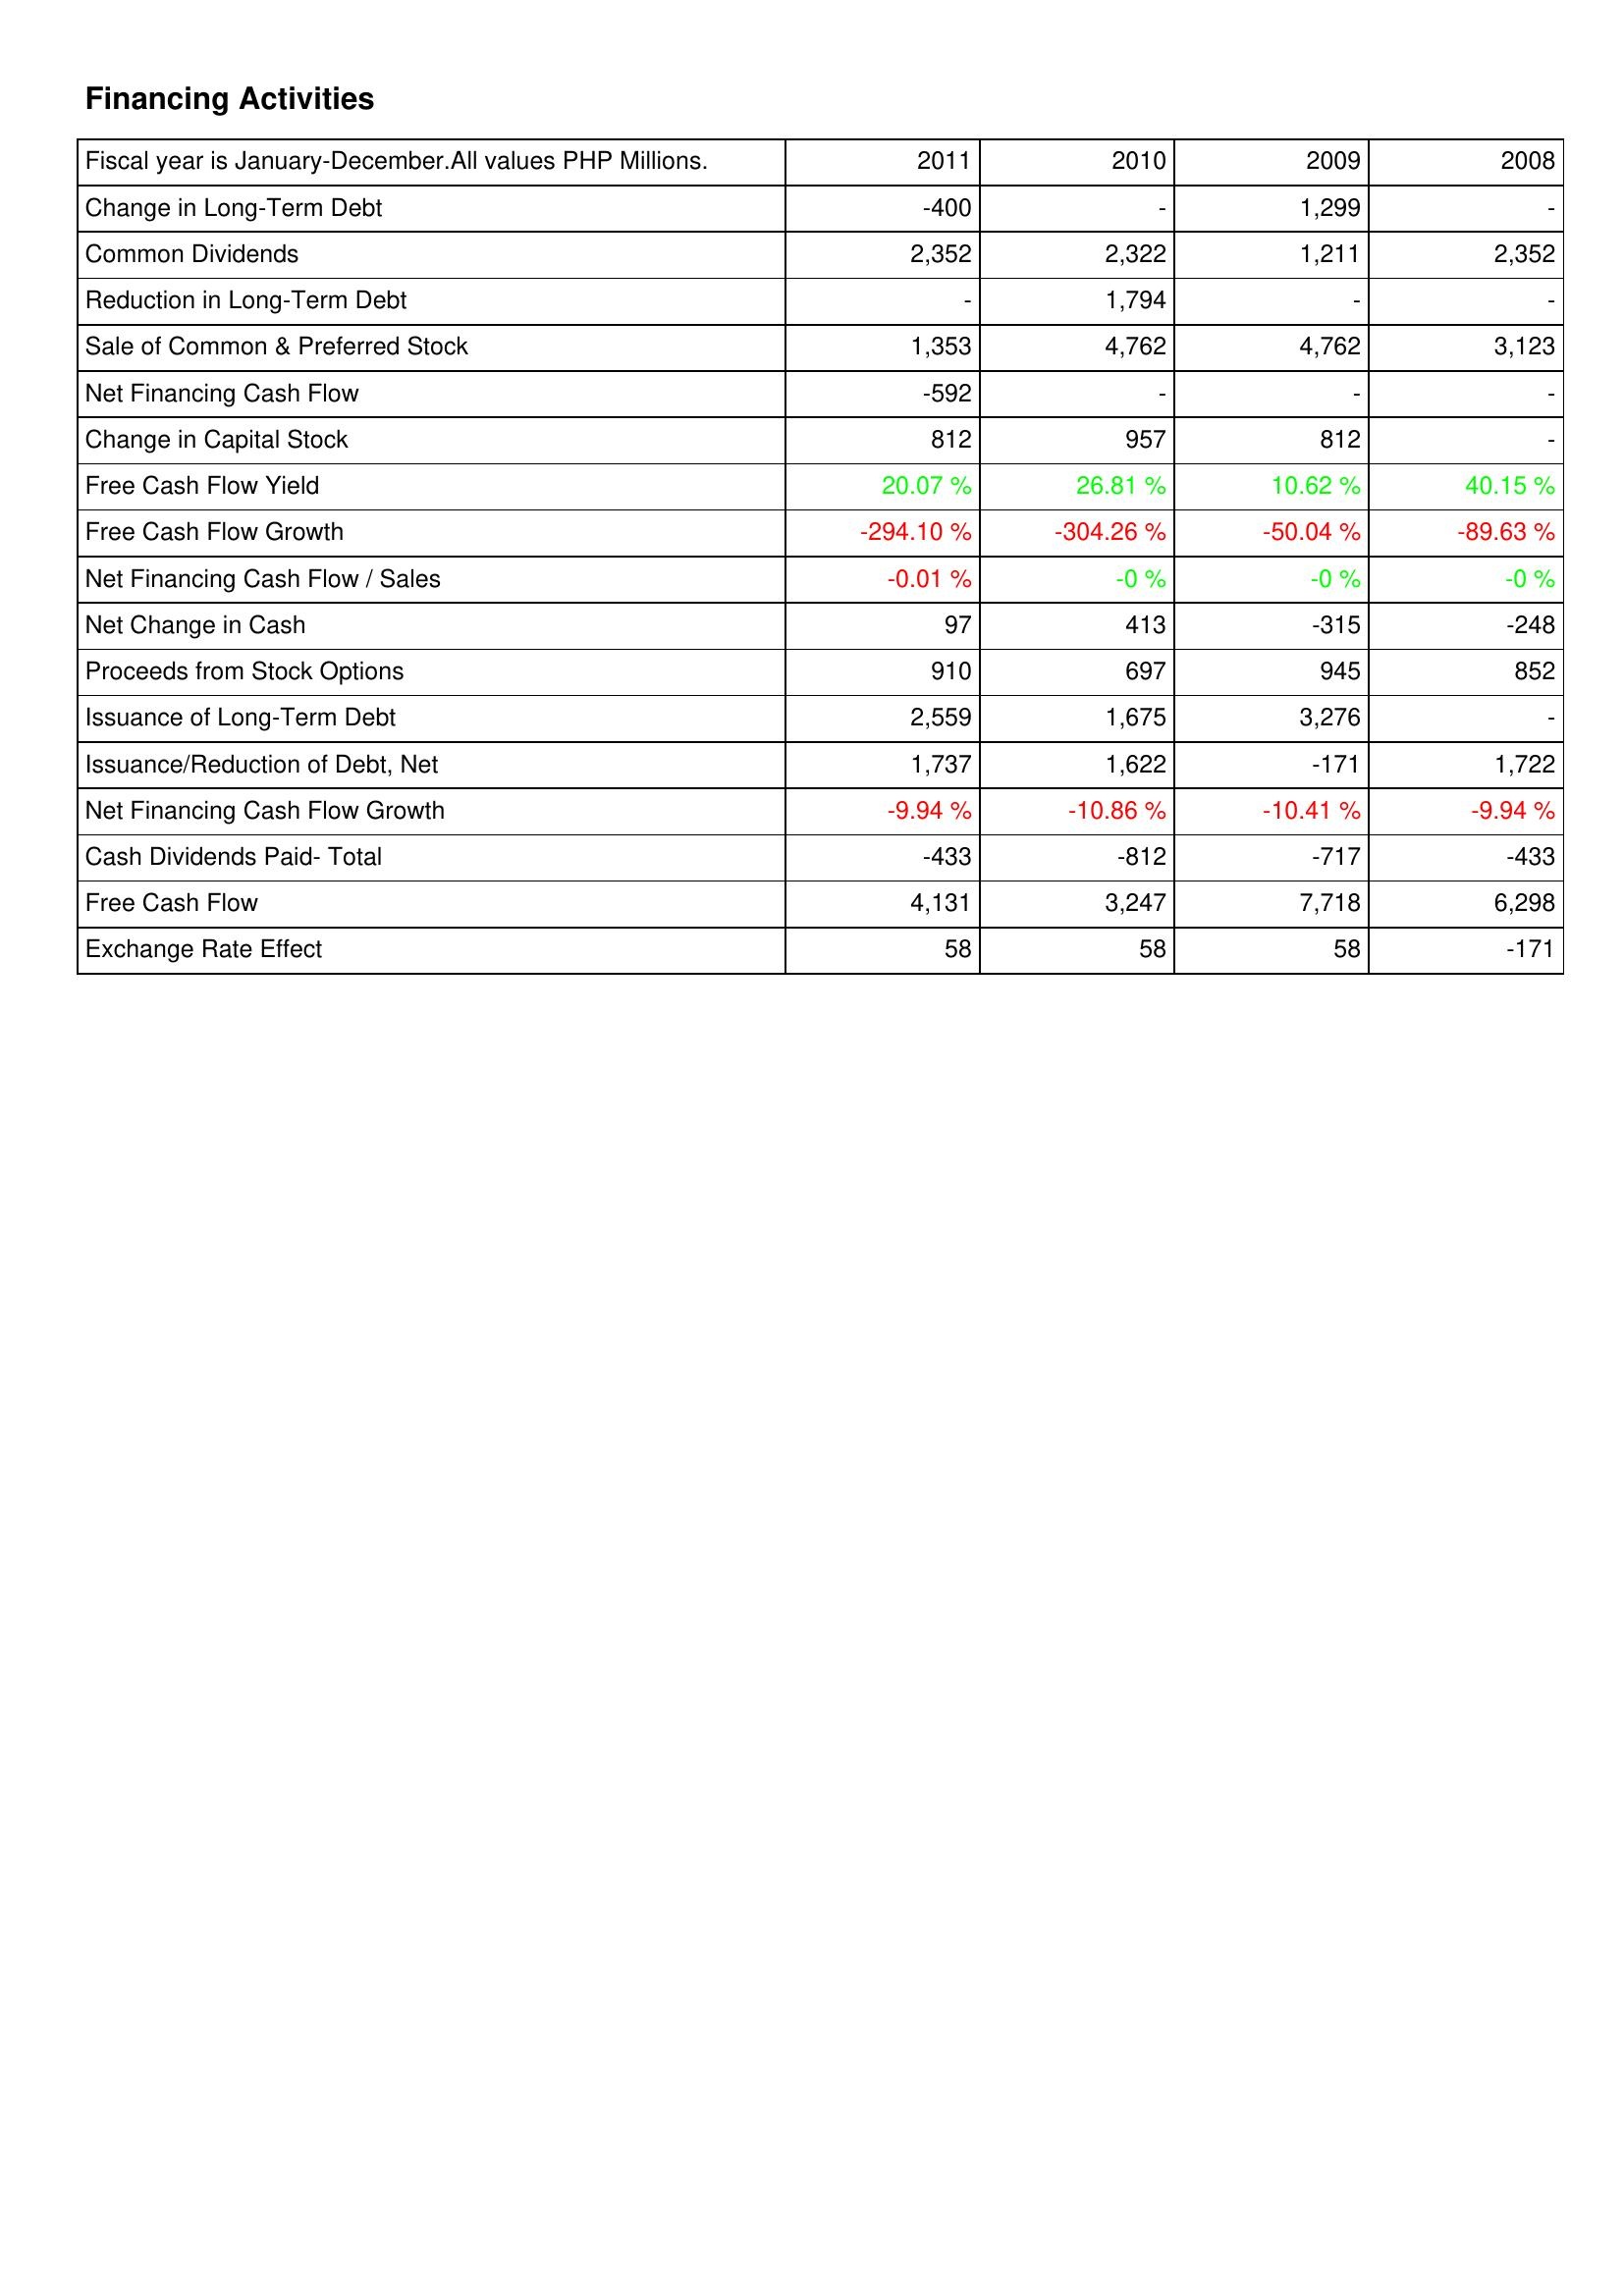
2011: Financing Activities: Change in Long-Term Debt: -400
Common Dividends: 2,352
Reduction in Long-Term Debt: -
Sale of Common & Preferred Stock: 1,353
Net Financing Cash Flow: -592
Change in Capital Stock: 812
Free Cash Flow Yield: 20.07 %
Free Cash Flow Growth: -294.10 %
Net Financing Cash Flow / Sales: -0.01 %
Net Change in Cash: 97
Proceeds from Stock Options: 910
Issuance of Long-Term Debt: 2,559
Issuance/Reduction of Debt, Net: 1,737
Net Financing Cash Flow Growth: -9.94 %
Cash Dividends Paid- Total: -433
Free Cash Flow: 4,131
Exchange Rate Effect: 58
2010: Financing Activities: Change in Long-Term Debt: -
Common Dividends: 2,322
Reduction in Long-Term Debt: 1,794
Sale of Common & Preferred Stock: 4,762
Net Financing Cash Flow: -
Change in Capital Stock: 957
Free Cash Flow Yield: 26.81 %
Free Cash Flow Growth: -304.26 %
Net Financing Cash Flow / Sales: -0 %
Net Change in Cash: 413
Proceeds from Stock Options: 697
Issuance of Long-Term Debt: 1,675
Issuance/Reduction of Debt, Net: 1,622
Net Financing Cash Flow Growth: -10.86 %
Cash Dividends Paid- Total: -812
Free Cash Flow: 3,247
Exchange Rate Effect: 58
2009: Financing Activities: Change in Long-Term Debt: 1,299
Common Dividends: 1,211
Reduction in Long-Term Debt: -
Sale of Common & Preferred Stock: 4,762
Net Financing Cash Flow: -
Change in Capital Stock: 812
Free Cash Flow Yield: 10.62 %
Free Cash Flow Growth: -50.04 %
Net Financing Cash Flow / Sales: -0 %
Net Change in Cash: -315
Proceeds from Stock Options: 945
Issuance of Long-Term Debt: 3,276
Issuance/Reduction of Debt, Net: -171
Net Financing Cash Flow Growth: -10.41 %
Cash Dividends Paid- Total: -717
Free Cash Flow: 7,718
Exchange Rate Effect: 58
2008: Financing Activities: Change in Long-Term Debt: -
Common Dividends: 2,352
Reduction in Long-Term Debt: -
Sale of Common & Preferred Stock: 3,123
Net Financing Cash Flow: -
Change in Capital Stock: -
Free Cash Flow Yield: 40.15 %
Free Cash Flow Growth: -89.63 %
Net Financing Cash Flow / Sales: -0 %
Net Change in Cash: -248
Proceeds from Stock Options: 852
Issuance of Long-Term Debt: -
Issuance/Reduction of Debt, Net: 1,722
Net Financing Cash Flow Growth: -9.94 %
Cash Dividends Paid- Total: -433
Free Cash Flow: 6,298
Exchange Rate Effect: -171